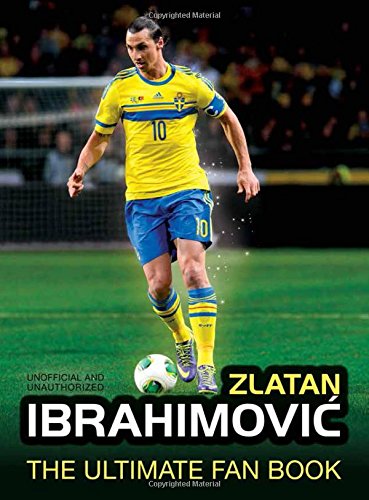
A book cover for Zlatan Ibrahimovic: The Ultimate Fan Book; Adrian Besley; Children's Books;